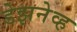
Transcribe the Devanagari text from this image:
डेझनेव्ह